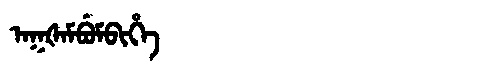
Manchu: ᠠᡴᡧᠠᠮᠪᡠᠮᠪᡳᡥᡝ
Romanization: AKŠAMBUMBIHE